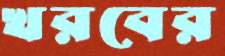
খরবের